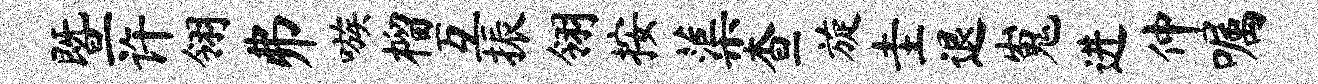
暨许翎弗嗾榴互振翎按蕖查旋圭退嵬进仲嘱